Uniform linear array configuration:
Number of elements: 64
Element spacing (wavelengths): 0.25
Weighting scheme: hann
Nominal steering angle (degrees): -60
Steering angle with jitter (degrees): -61.922
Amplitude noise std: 0.05
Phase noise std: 0.05

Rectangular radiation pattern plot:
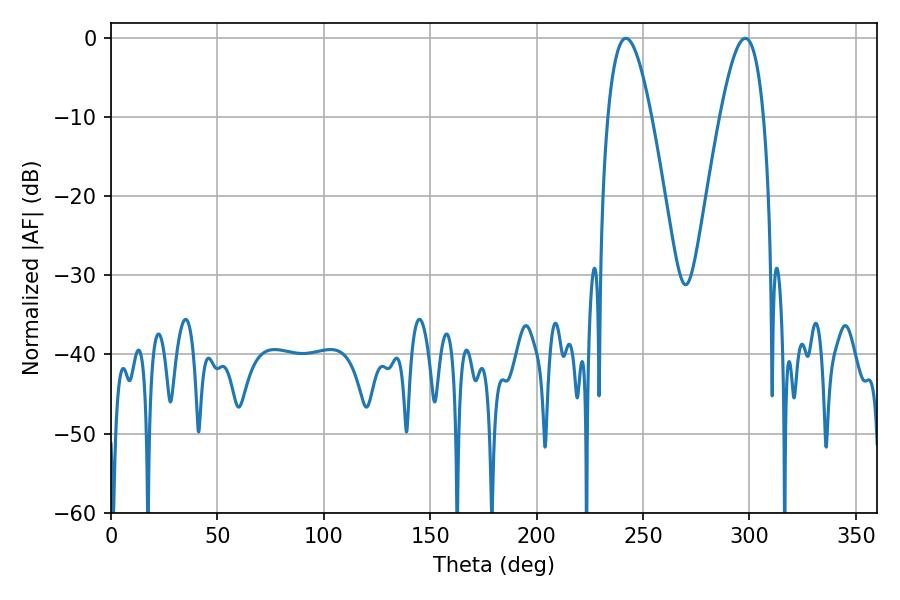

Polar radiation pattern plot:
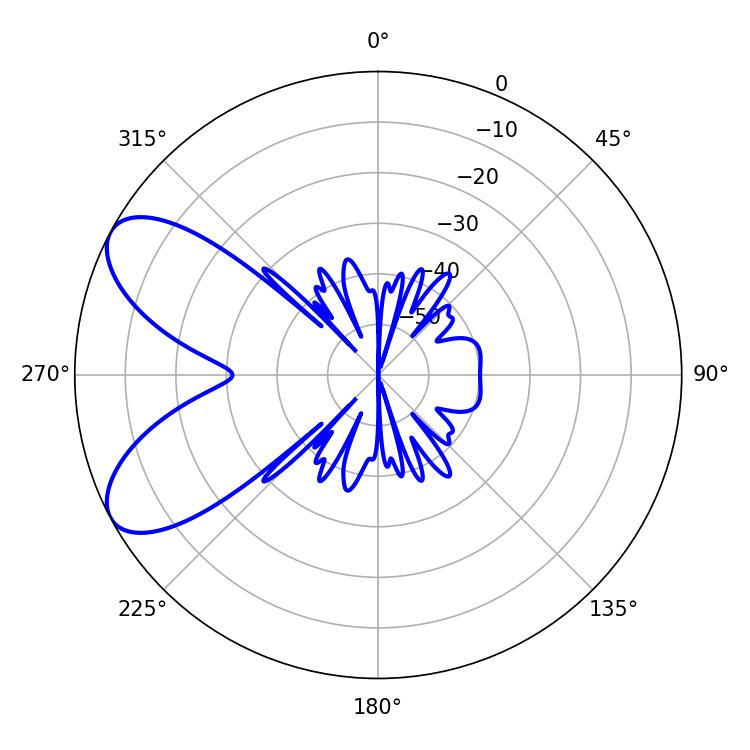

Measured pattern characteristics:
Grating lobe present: FALSE
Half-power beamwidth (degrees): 11.16
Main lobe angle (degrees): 241.92